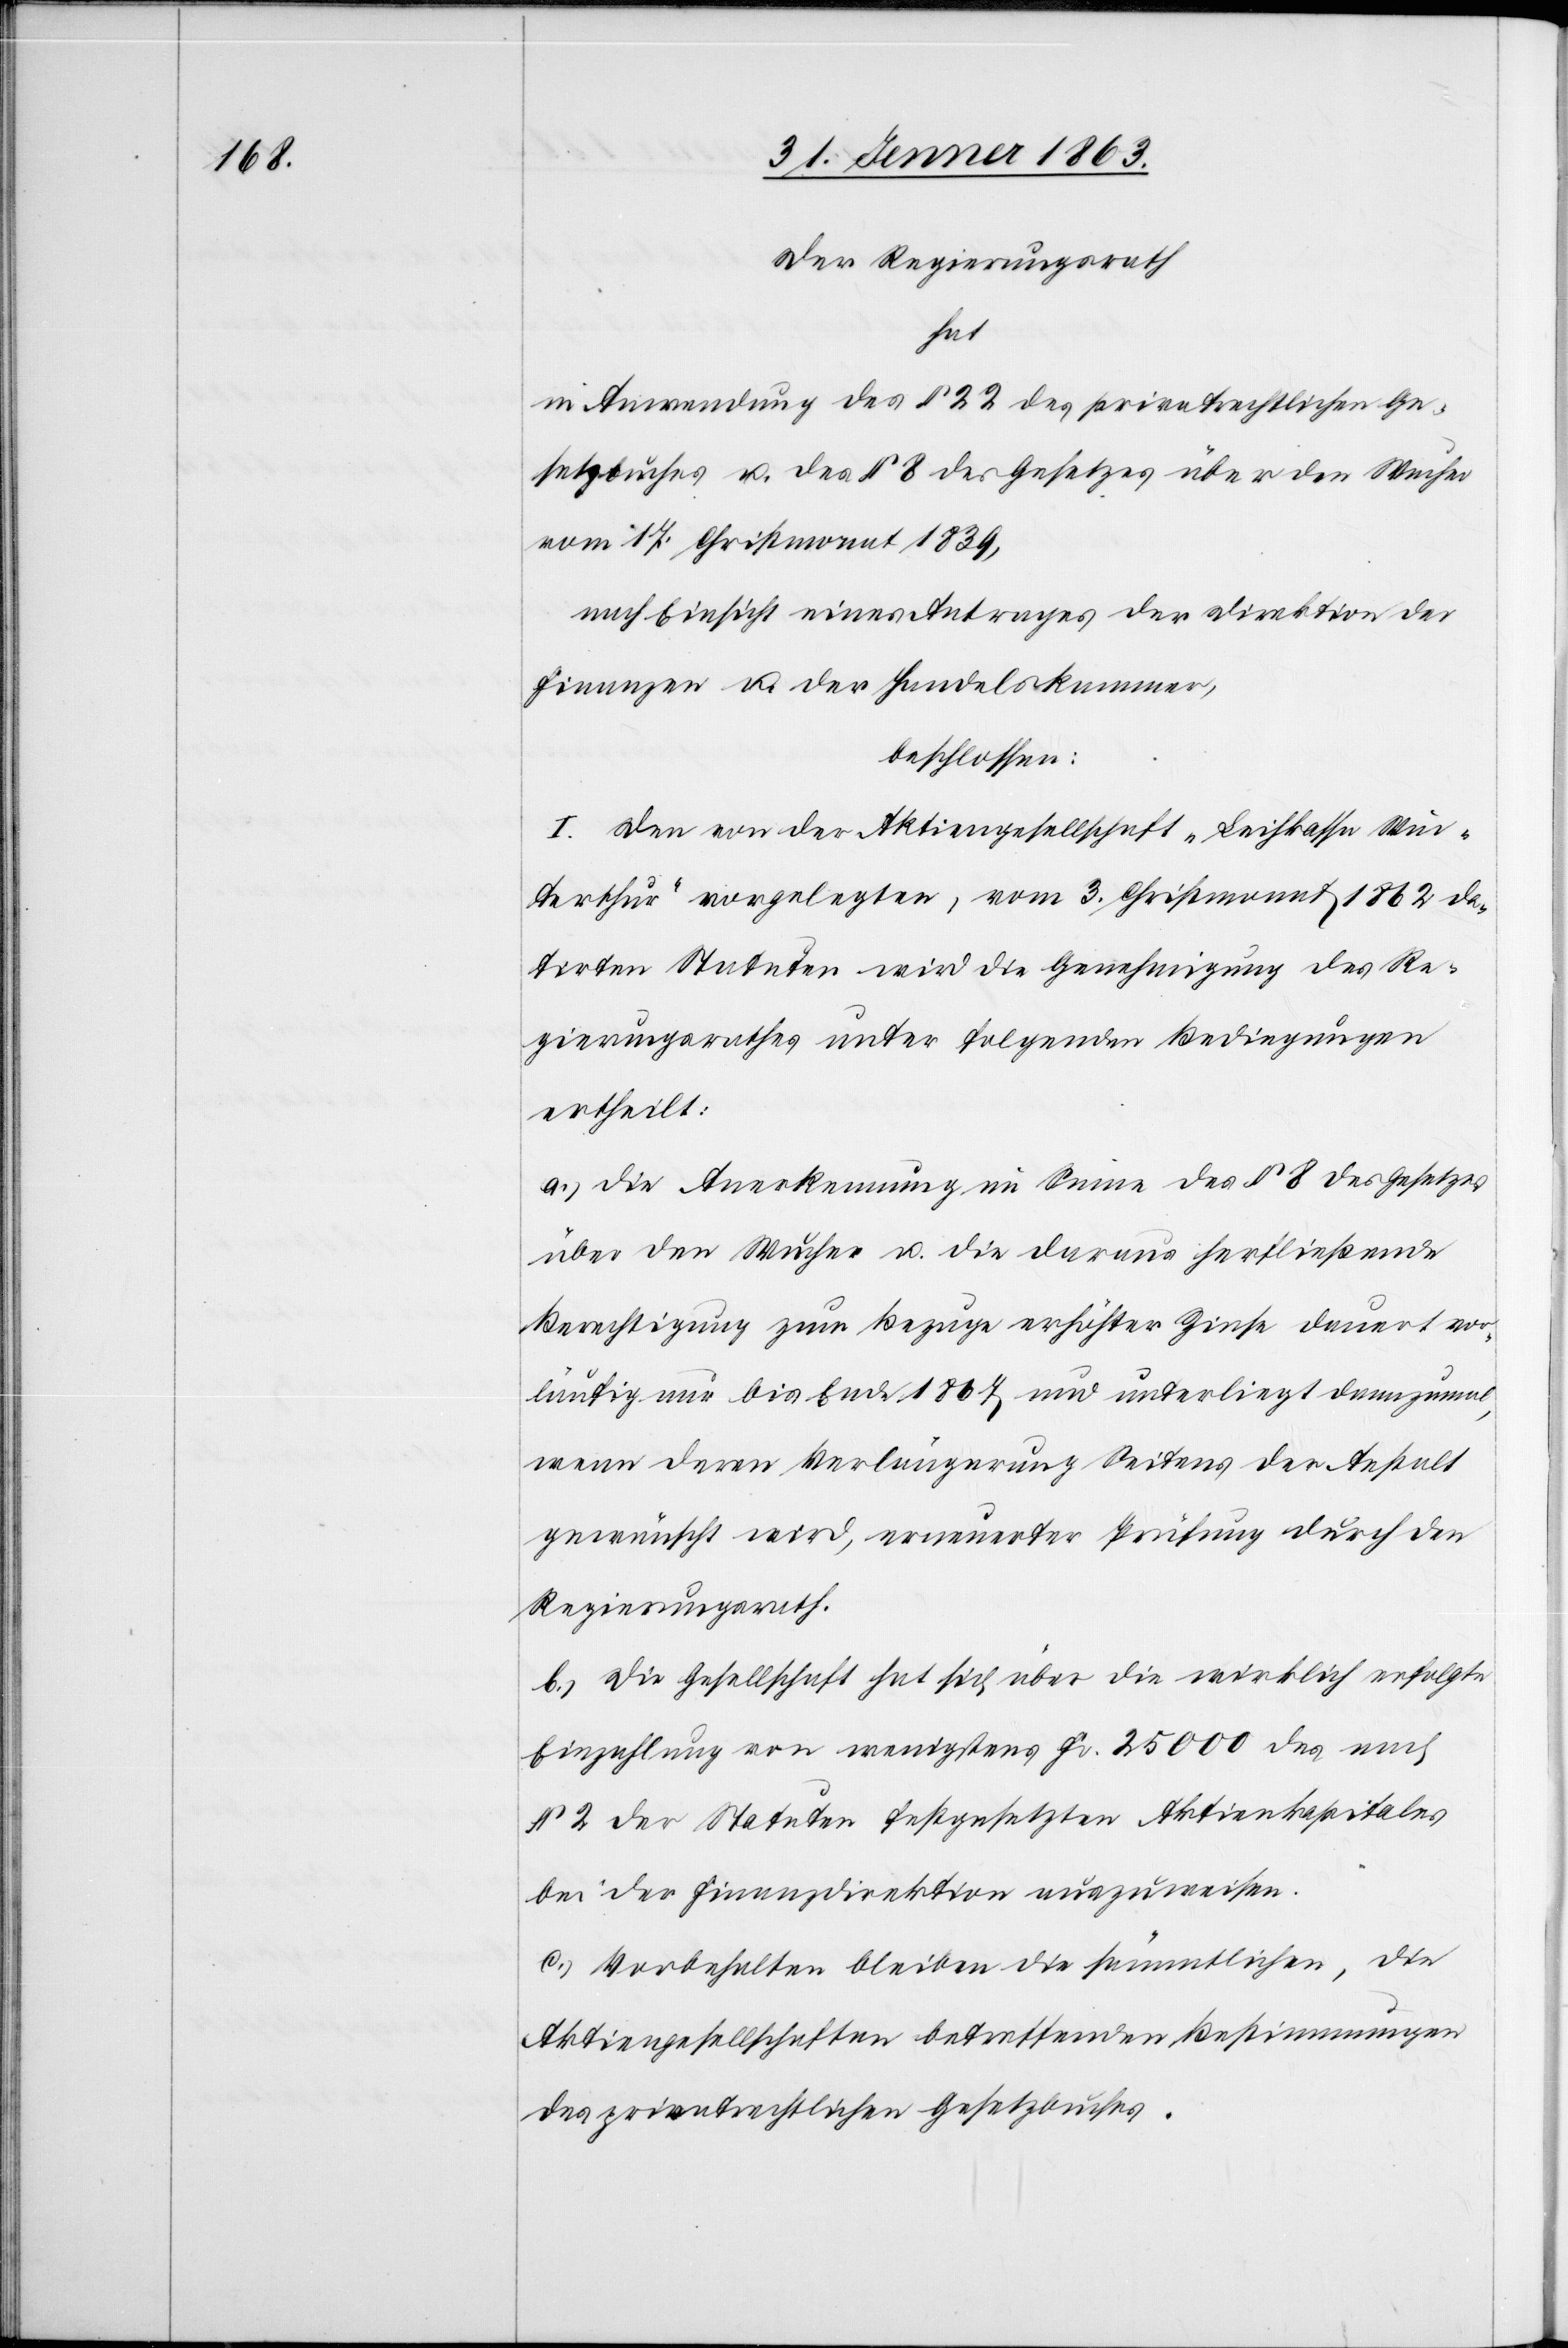
Der Regierungsrath
hat
in Anwendung des § 22 des privatrechtlichen Ge¬
setzbuches u. des § 8 des Gesetzes über den Wucher
vom 17. Christmonat 1839,
nach Einsicht eines Antrages der Direktion der
Finanzen u. der Handelskammer,
beschlossen:
I. Den von der Aktiengesellschaft „Leihkasse Win¬
terthur“ vorgelegten, vom 3. Christmonat 1862 da¬
tirten Statuten wird die Genehmigung des Re¬
gierungsrathes unter folgenden Bedingungen
ertheilt:
a.) Die Anerkennung im Sinne des § 8 des Gesetzes
über den Wucher u. die daraus herfließende
Berechtigung zum Bezuge erhöhter Zinse dauert vor¬
läufig nur bis Ende 1867 und unterliegt dannzumal,
wenn deren Verlängerung Seitens der Anstalt
gewünscht wird, erneuerter Prüfung durch den
Regierungsrath.
b.) Die Gesellschaft hat sich über die wirklich erfolgte
Einzahlung von wenigstens Fr. 25 000 des nach
§ 2 der Statuten festgesetzten Aktienkapitales
bei der Finanzdirektion auszuweisen.
c.) Vorbehalten bleiben die sämmtlichen, die
Aktiengesellschaften betreffenden Bestimmungen
des privatrechtlichen Gesetzbuches.